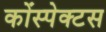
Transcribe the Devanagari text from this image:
कोंस्पेक्टस